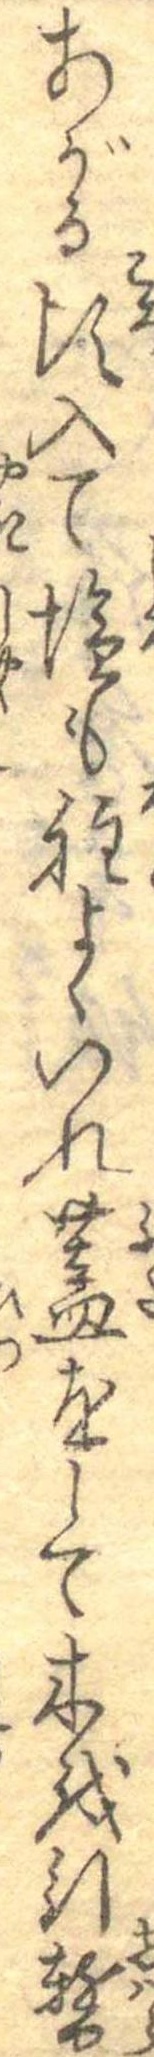
あがる頃入て塩も程よくいれ蓋をして木を引暫